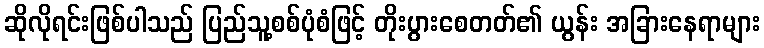
ဆိုလိုရင်းဖြစ်ပါသည် ပြည်သူ့စစ်ပုံစံဖြင့် တိုးပွားစေတတ်၏ ယွန်း အခြားနေရာများ